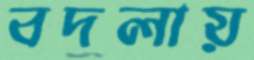
বদলায়